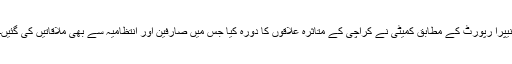
نیپرا رپورٹ کے مطابق کمیٹی نے کراچی کے متاثرہ علاقوں کا دورہ کیا جس میں صارفین اور انتظامیہ سے بھی ملاقاتیں کی گئیں۔